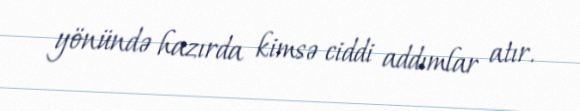
yönündə hazırda kimsə ciddi addımlar atır.